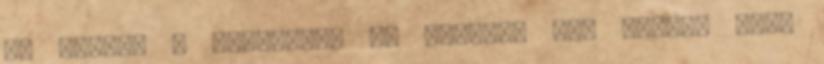
És persze a tejberizs is egészen más szint, mint